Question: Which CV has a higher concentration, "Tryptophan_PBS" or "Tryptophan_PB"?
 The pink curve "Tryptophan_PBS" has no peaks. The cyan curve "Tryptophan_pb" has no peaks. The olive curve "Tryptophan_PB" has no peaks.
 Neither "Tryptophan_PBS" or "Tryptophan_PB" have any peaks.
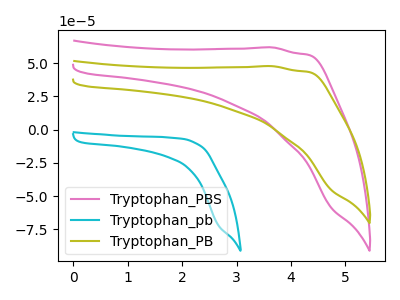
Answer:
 <answer>I cant tell if "Tryptophan_PBS" or "Tryptophan_PB" has higher concentration.</answer>
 <eval>mixed_concentration</eval>